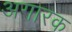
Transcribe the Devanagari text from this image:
अगारक